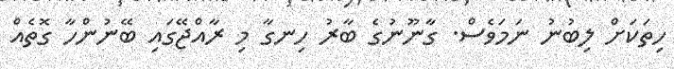
ހިތަކަށް ލިބުނު ނަމަވެސް. ގާނޫނުގެ ބާރު ހިނގާ މި ރާއްޖޭގައި ބޭނުންހާ ގޮތެއް